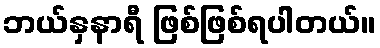
ဘယ်နှနာရီ ဖြစ်ဖြစ်ရပါတယ်။